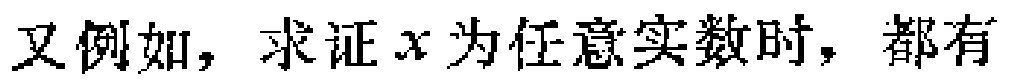
又例如，求证\(x\)为任意实数时，都有